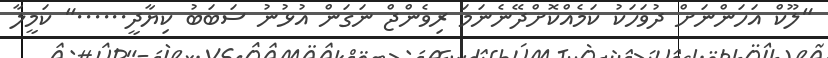
"ލޫކް އަހަންނަށް ދުވަހަކު ކަމެއްކޮށްދޭނެނަމަ ރިވެންޖް ނަގަން އުޅުނު ސަބަބު ކިޔާދީ......" ކަމީލާ